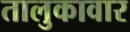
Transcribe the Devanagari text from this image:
तालुकावार